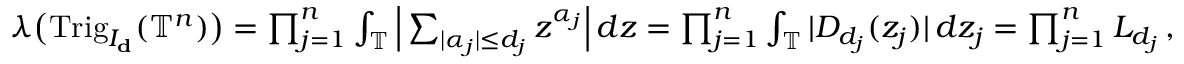
\begin{array} { r } { \boldsymbol { \lambda } \big ( \mathrm { T r i g } _ { I _ { \mathbf { d } } } ( \mathbb { T } ^ { n } ) \big ) = \prod _ { j = 1 } ^ { n } \int _ { \mathbb { T } } \Big | \sum _ { | \alpha _ { j } | \le d _ { j } } z ^ { \alpha _ { j } } \Big | \, d z = \prod _ { j = 1 } ^ { n } \int _ { \mathbb { T } } | D _ { d _ { j } } ( z _ { j } ) | \, d z _ { j } = \prod _ { j = 1 } ^ { n } L _ { d _ { j } } \, , } \end{array}